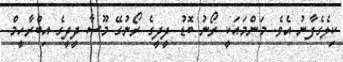
ކިލެގެފާނު އެވެ. މަންމައަކީ ރޯނު ބޮޑު ދީދީގެ ރޯނުގޭ މޫސާ ދީދީގެ އިބްރާހީމް